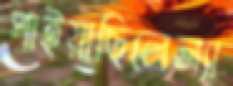
পাইয়াছিলেল্যা